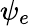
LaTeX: \psi_{e}